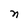
Character: n